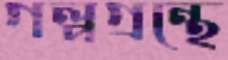
গল্পগ্রন্থে